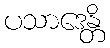
ပသာဒေန္တိ